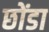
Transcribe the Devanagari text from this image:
छोंडा